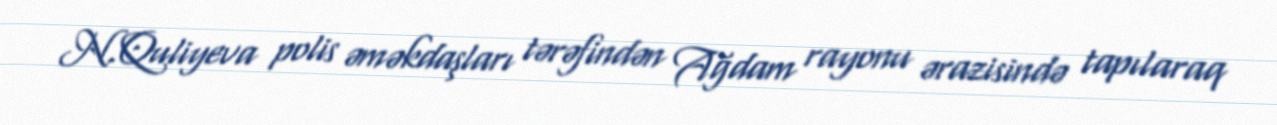
N.Quliyeva polis əməkdaşları tərəfindən Ağdam rayonu ərazisində tapılaraq